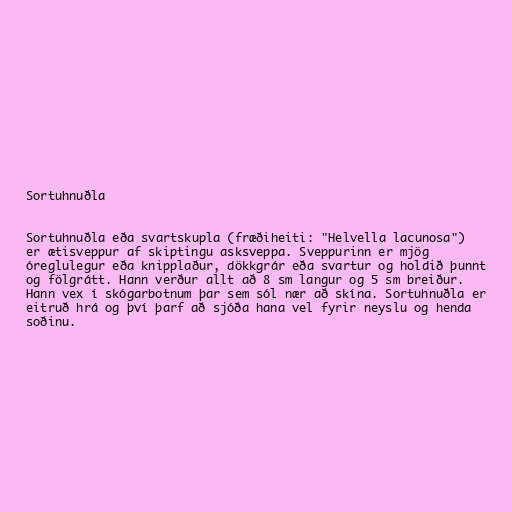
Sortuhnuðla

Sortuhnuðla eða svartskupla (fræðiheiti: "Helvella lacunosa")
er ætisveppur af skiptingu asksveppa. Sveppurinn er mjög
óreglulegur eða knipplaður, dökkgrár eða svartur og holdið þunnt
og fölgrátt. Hann verður allt að 8 sm langur og 5 sm breiður.
Hann vex í skógarbotnum þar sem sól nær að skína. Sortuhnuðla er
eitruð hrá og því þarf að sjóða hana vel fyrir neyslu og henda
soðinu.